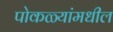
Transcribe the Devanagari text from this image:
पोकळ्यांमधील